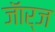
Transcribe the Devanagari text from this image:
जॅार्ज